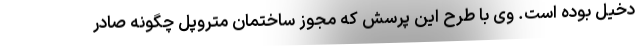
دخیل بوده است. وی با طرح این پرسش که مجوز ساختمان متروپل چگونه صادر